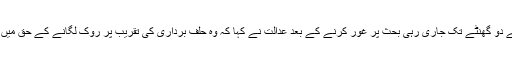
تقریباً پونے دو گھنٹے تک جاری رہی بحث پر غور کرنے کے بعد عدالت نے کہا کہ وہ حلف برداری کی تقریب پر روک لگانے کے حق میں نہیں ہے ۔